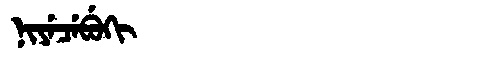
Manchu: ᠨᡳᠶᡝᠴᡝᠪᡠᡴᡳ
Romanization: NIYECEBUKI